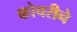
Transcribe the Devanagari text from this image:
कोचरीने